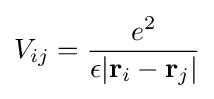
V_{ij}={\frac {e^{2}}{\epsilon |\mathbf {r} _{i}-\mathbf {r} _{j}|}}